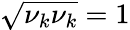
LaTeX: \sqrt{\nu_{k}\nu_{k}}=1